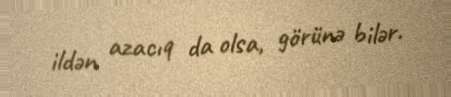
ildən azacıq da olsa, görünə bilər.